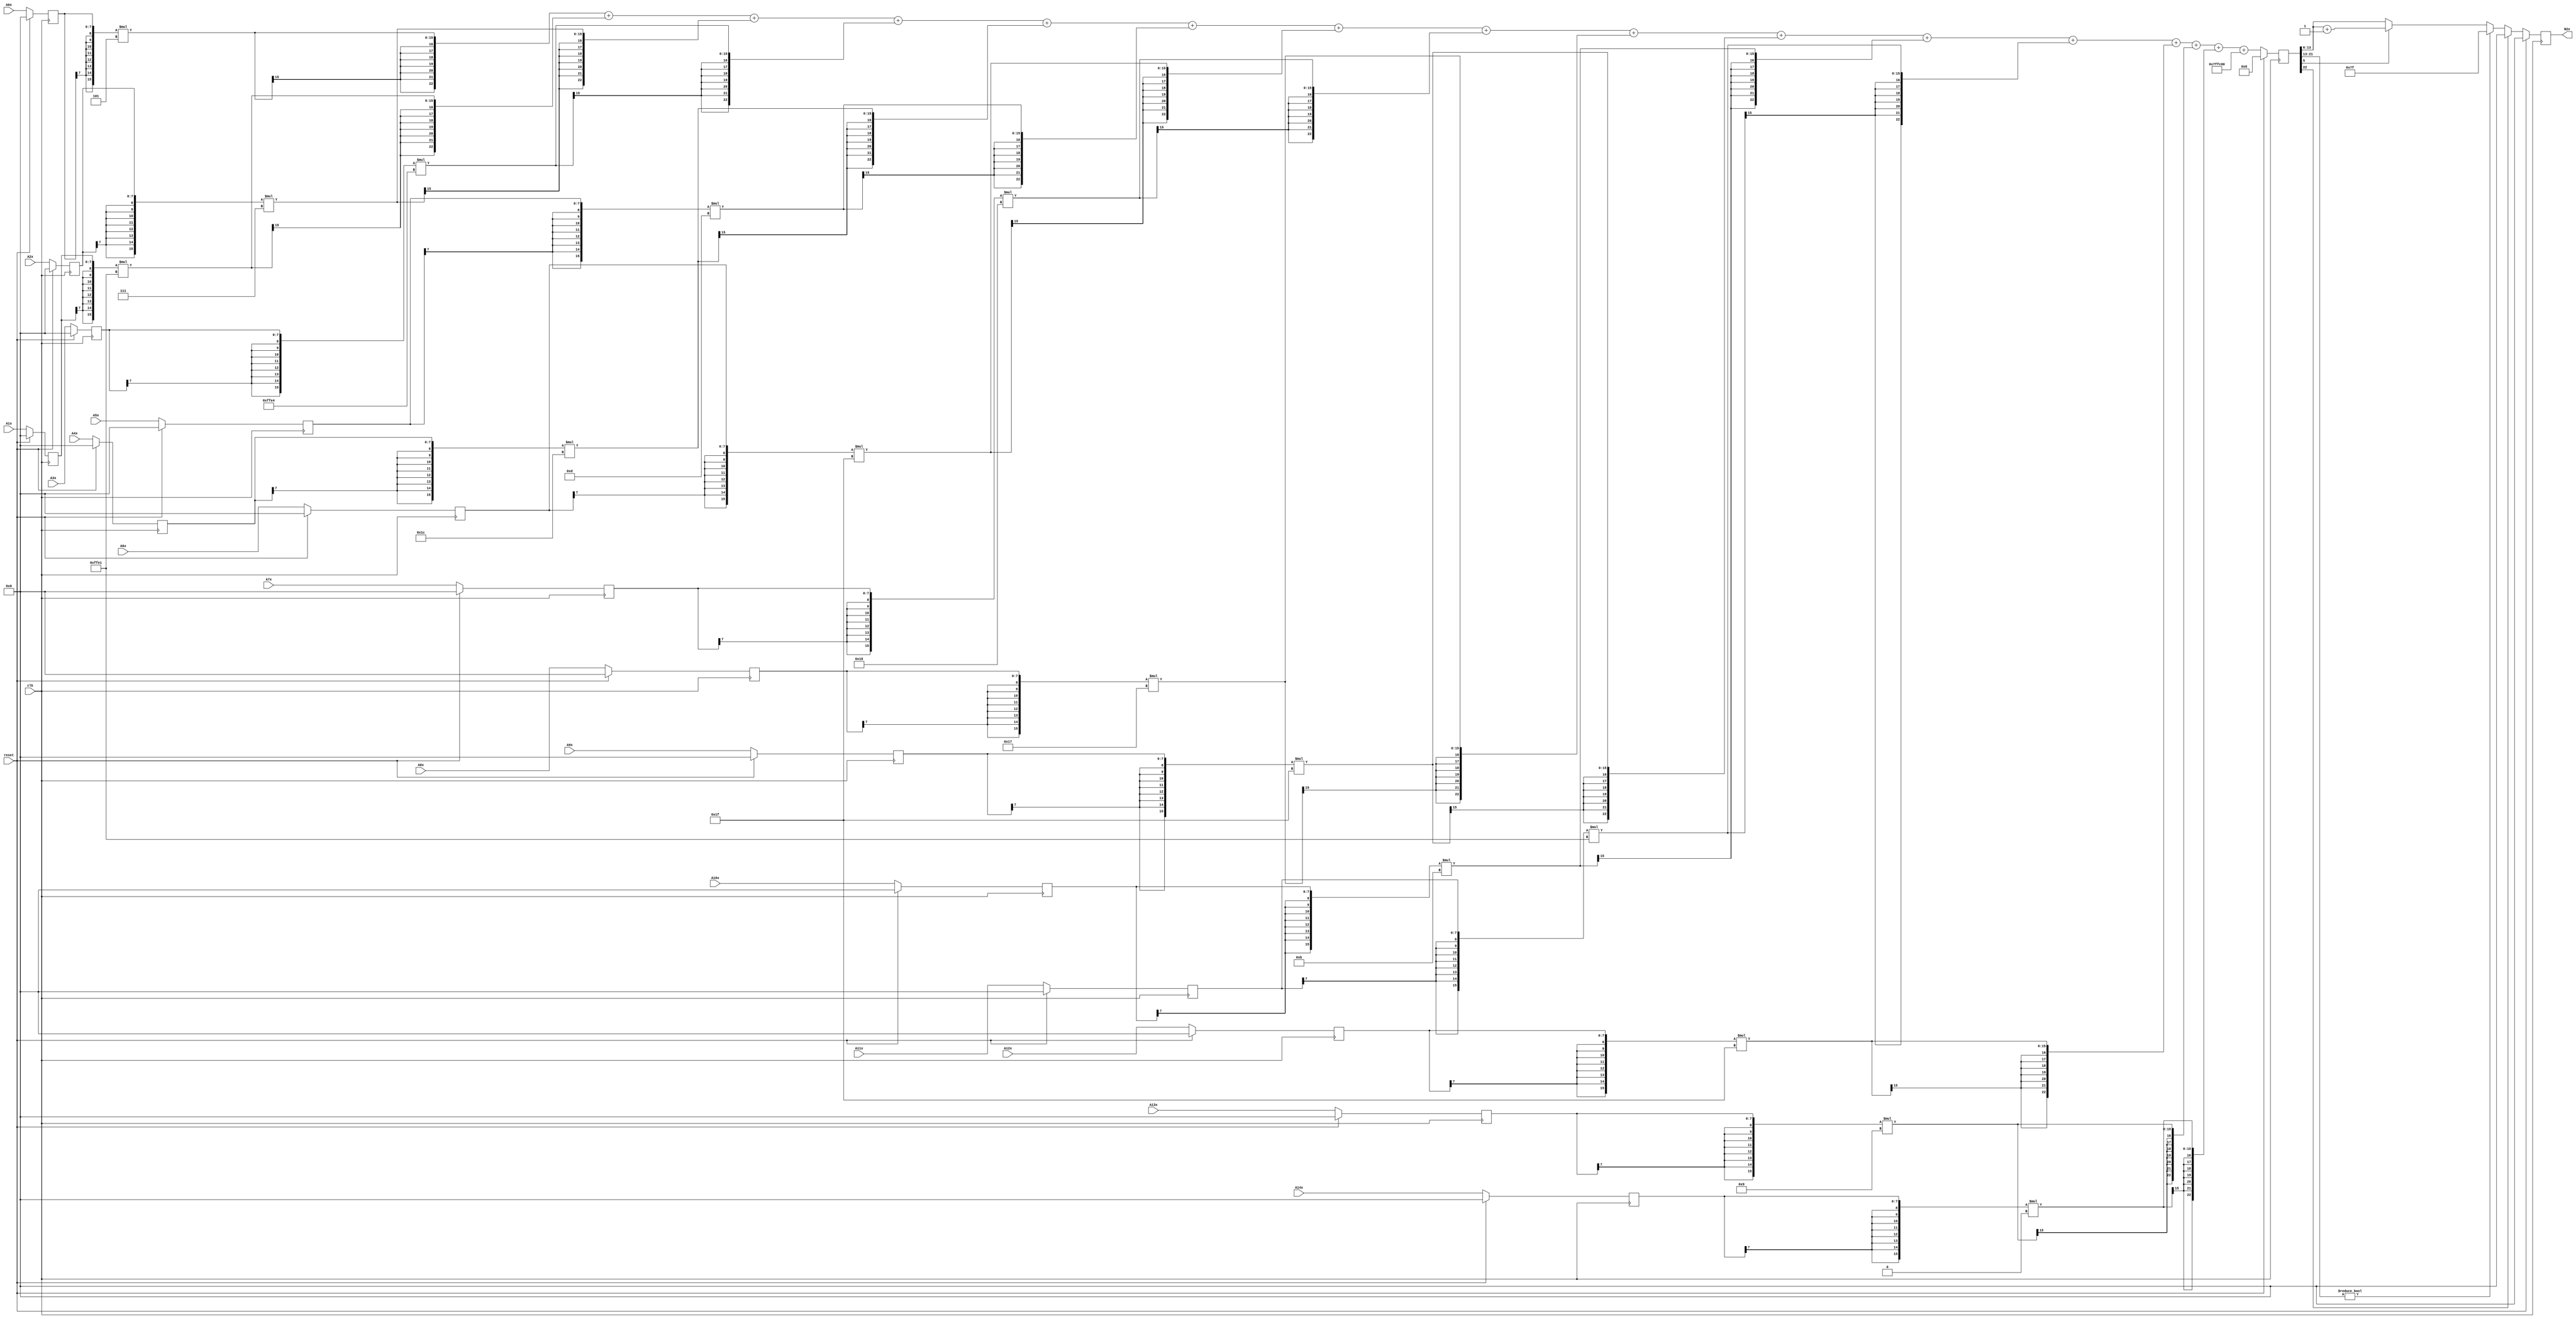
module node_4_2(clk,reset,N2x,A0x,A1x,A2x,A3x,A4x,A5x,A6x,A7x,A8x,A9x,A10x,A11x,A12x,A13x,A14x);
	input clk;
	input reset;
	input [7:0] A0x, A1x, A2x, A3x, A4x, A5x, A6x, A7x, A8x, A9x, A10x, A11x, A12x, A13x, A14x;
	reg [7:0] A0x_c, A1x_c, A2x_c, A3x_c, A4x_c, A5x_c, A6x_c, A7x_c, A8x_c, A9x_c, A10x_c, A11x_c, A12x_c, A13x_c, A14x_c;
	wire [15:0] sum0x, sum1x, sum2x, sum3x, sum4x, sum5x, sum6x, sum7x, sum8x, sum9x, sum10x, sum11x, sum12x, sum13x, sum14x;
	output reg [7:0] N2x;
	reg [22:0] sumout;

	parameter [7:0] W0x=8'd5;
	parameter [7:0] W1x=-8'd31;
	parameter [7:0] W2x=8'd7;
	parameter [7:0] W3x=-8'd28;
	parameter [7:0] W4x=8'd28;
	parameter [7:0] W5x=8'd13;
	parameter [7:0] W6x=8'd31;
	parameter [7:0] W7x=8'd24;
	parameter [7:0] W8x=8'd23;
	parameter [7:0] W9x=8'd31;
	parameter [7:0] W10x=8'd11;
	parameter [7:0] W11x=-8'd31;
	parameter [7:0] W12x=8'd31;
	parameter [7:0] W13x=8'd9;
	parameter [7:0] W14x=8'd0;
	parameter [15:0] B0x=-16'd1024;


	assign sum0x = {A0x_c[7],A0x_c[7],A0x_c[7],A0x_c[7],A0x_c[7],A0x_c[7],A0x_c[7],A0x_c[7],A0x_c}*{W0x[7],W0x[7],W0x[7],W0x[7],W0x[7],W0x[7],W0x[7],W0x[7],W0x};
	assign sum1x = {A1x_c[7],A1x_c[7],A1x_c[7],A1x_c[7],A1x_c[7],A1x_c[7],A1x_c[7],A1x_c[7],A1x_c}*{W1x[7],W1x[7],W1x[7],W1x[7],W1x[7],W1x[7],W1x[7],W1x[7],W1x};
	assign sum2x = {A2x_c[7],A2x_c[7],A2x_c[7],A2x_c[7],A2x_c[7],A2x_c[7],A2x_c[7],A2x_c[7],A2x_c}*{W2x[7],W2x[7],W2x[7],W2x[7],W2x[7],W2x[7],W2x[7],W2x[7],W2x};
	assign sum3x = {A3x_c[7],A3x_c[7],A3x_c[7],A3x_c[7],A3x_c[7],A3x_c[7],A3x_c[7],A3x_c[7],A3x_c}*{W3x[7],W3x[7],W3x[7],W3x[7],W3x[7],W3x[7],W3x[7],W3x[7],W3x};
	assign sum4x = {A4x_c[7],A4x_c[7],A4x_c[7],A4x_c[7],A4x_c[7],A4x_c[7],A4x_c[7],A4x_c[7],A4x_c}*{W4x[7],W4x[7],W4x[7],W4x[7],W4x[7],W4x[7],W4x[7],W4x[7],W4x};
	assign sum5x = {A5x_c[7],A5x_c[7],A5x_c[7],A5x_c[7],A5x_c[7],A5x_c[7],A5x_c[7],A5x_c[7],A5x_c}*{W5x[7],W5x[7],W5x[7],W5x[7],W5x[7],W5x[7],W5x[7],W5x[7],W5x};
	assign sum6x = {A6x_c[7],A6x_c[7],A6x_c[7],A6x_c[7],A6x_c[7],A6x_c[7],A6x_c[7],A6x_c[7],A6x_c}*{W6x[7],W6x[7],W6x[7],W6x[7],W6x[7],W6x[7],W6x[7],W6x[7],W6x};
	assign sum7x = {A7x_c[7],A7x_c[7],A7x_c[7],A7x_c[7],A7x_c[7],A7x_c[7],A7x_c[7],A7x_c[7],A7x_c}*{W7x[7],W7x[7],W7x[7],W7x[7],W7x[7],W7x[7],W7x[7],W7x[7],W7x};
	assign sum8x = {A8x_c[7],A8x_c[7],A8x_c[7],A8x_c[7],A8x_c[7],A8x_c[7],A8x_c[7],A8x_c[7],A8x_c}*{W8x[7],W8x[7],W8x[7],W8x[7],W8x[7],W8x[7],W8x[7],W8x[7],W8x};
	assign sum9x = {A9x_c[7],A9x_c[7],A9x_c[7],A9x_c[7],A9x_c[7],A9x_c[7],A9x_c[7],A9x_c[7],A9x_c}*{W9x[7],W9x[7],W9x[7],W9x[7],W9x[7],W9x[7],W9x[7],W9x[7],W9x};
	assign sum10x = {A10x_c[7],A10x_c[7],A10x_c[7],A10x_c[7],A10x_c[7],A10x_c[7],A10x_c[7],A10x_c[7],A10x_c}*{W10x[7],W10x[7],W10x[7],W10x[7],W10x[7],W10x[7],W10x[7],W10x[7],W10x};
	assign sum11x = {A11x_c[7],A11x_c[7],A11x_c[7],A11x_c[7],A11x_c[7],A11x_c[7],A11x_c[7],A11x_c[7],A11x_c}*{W11x[7],W11x[7],W11x[7],W11x[7],W11x[7],W11x[7],W11x[7],W11x[7],W11x};
	assign sum12x = {A12x_c[7],A12x_c[7],A12x_c[7],A12x_c[7],A12x_c[7],A12x_c[7],A12x_c[7],A12x_c[7],A12x_c}*{W12x[7],W12x[7],W12x[7],W12x[7],W12x[7],W12x[7],W12x[7],W12x[7],W12x};
	assign sum13x = {A13x_c[7],A13x_c[7],A13x_c[7],A13x_c[7],A13x_c[7],A13x_c[7],A13x_c[7],A13x_c[7],A13x_c}*{W13x[7],W13x[7],W13x[7],W13x[7],W13x[7],W13x[7],W13x[7],W13x[7],W13x};
	assign sum14x = {A14x_c[7],A14x_c[7],A14x_c[7],A14x_c[7],A14x_c[7],A14x_c[7],A14x_c[7],A14x_c[7],A14x_c}*{W14x[7],W14x[7],W14x[7],W14x[7],W14x[7],W14x[7],W14x[7],W14x[7],W14x};

	always@(posedge clk) begin

		if(reset)
			begin
			N2x<=8'd0;
			sumout<=16'd0;
			A0x_c <= 8'd0;
			A1x_c <= 8'd0;
			A2x_c <= 8'd0;
			A3x_c <= 8'd0;
			A4x_c <= 8'd0;
			A5x_c <= 8'd0;
			A6x_c <= 8'd0;
			A7x_c <= 8'd0;
			A8x_c <= 8'd0;
			A9x_c <= 8'd0;
			A10x_c <= 8'd0;
			A11x_c <= 8'd0;
			A12x_c <= 8'd0;
			A13x_c <= 8'd0;
			A14x_c <= 8'd0;
			end
		else
			begin
			A0x_c <= A0x;
			A1x_c <= A1x;
			A2x_c <= A2x;
			A3x_c <= A3x;
			A4x_c <= A4x;
			A5x_c <= A5x;
			A6x_c <= A6x;
			A7x_c <= A7x;
			A8x_c <= A8x;
			A9x_c <= A9x;
			A10x_c <= A10x;
			A11x_c <= A11x;
			A12x_c <= A12x;
			A13x_c <= A13x;
			A14x_c <= A14x;
			sumout<={sum0x[15],sum0x[15],sum0x[15],sum0x[15],sum0x[15],sum0x[15],sum0x[15],sum0x}+{sum1x[15],sum1x[15],sum1x[15],sum1x[15],sum1x[15],sum1x[15],sum1x[15],sum1x}+{sum2x[15],sum2x[15],sum2x[15],sum2x[15],sum2x[15],sum2x[15],sum2x[15],sum2x}+{sum3x[15],sum3x[15],sum3x[15],sum3x[15],sum3x[15],sum3x[15],sum3x[15],sum3x}+{sum4x[15],sum4x[15],sum4x[15],sum4x[15],sum4x[15],sum4x[15],sum4x[15],sum4x}+{sum5x[15],sum5x[15],sum5x[15],sum5x[15],sum5x[15],sum5x[15],sum5x[15],sum5x}+{sum6x[15],sum6x[15],sum6x[15],sum6x[15],sum6x[15],sum6x[15],sum6x[15],sum6x}+{sum7x[15],sum7x[15],sum7x[15],sum7x[15],sum7x[15],sum7x[15],sum7x[15],sum7x}+{sum8x[15],sum8x[15],sum8x[15],sum8x[15],sum8x[15],sum8x[15],sum8x[15],sum8x}+{sum9x[15],sum9x[15],sum9x[15],sum9x[15],sum9x[15],sum9x[15],sum9x[15],sum9x}+{sum10x[15],sum10x[15],sum10x[15],sum10x[15],sum10x[15],sum10x[15],sum10x[15],sum10x}+{sum11x[15],sum11x[15],sum11x[15],sum11x[15],sum11x[15],sum11x[15],sum11x[15],sum11x}+{sum12x[15],sum12x[15],sum12x[15],sum12x[15],sum12x[15],sum12x[15],sum12x[15],sum12x}+{sum13x[15],sum13x[15],sum13x[15],sum13x[15],sum13x[15],sum13x[15],sum13x[15],sum13x}+{sum14x[15],sum14x[15],sum14x[15],sum14x[15],sum14x[15],sum14x[15],sum14x[15],sum14x}+{B0x[15],B0x[15],B0x[15],B0x[15],B0x[15],B0x[15],B0x[15],B0x};

			if(sumout[22]==0)
				begin
				if(sumout[21:13]!=9'b0)
					N2x<=8'd127;
				else
					begin
					if(sumout[5]==1)
						N2x<=sumout[13:6]+8'd1;
					else
						N2x<=sumout[13:6];
					end
				end
			else
				N2x<=8'd0;
			end
		end
endmodule